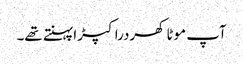
آپ موٹا کھردرا کپڑا پہنتے تھے۔